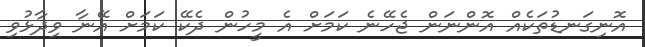
އޮނިގަނޑުތަކެއް އޮންނަން ޖެހޭނެ ކަމަށް އެ މީހުން ދެކޭ ކަމަށް އޭނާ ވިދާޅުވި